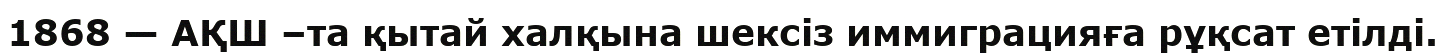
1868 — АҚШ –та қытай халқына шексіз иммиграцияға рұқсат етілді.